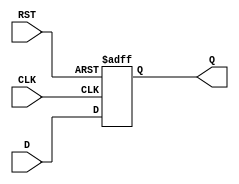
module d_flipflop (
    input D,
    input CLK,
    input RST,
    output reg Q
);

always @ (posedge CLK or posedge RST)
begin
    if (RST)
        Q <= 1'b0; // Clear the flip-flop
    else
        Q <= D; // Transfer D input to output on positive clock edge
end

endmodule